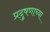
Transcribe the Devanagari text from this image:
प्रदुषणाच्या